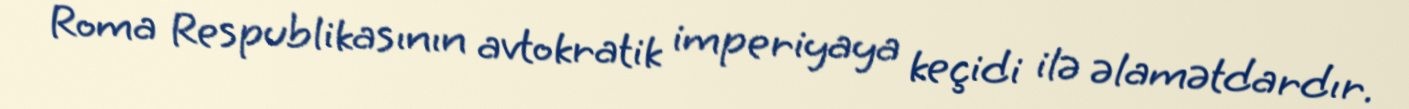
Roma Respublikasının avtokratik imperiyaya keçidi ilə əlamətdardır.